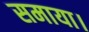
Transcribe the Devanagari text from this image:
समाया।